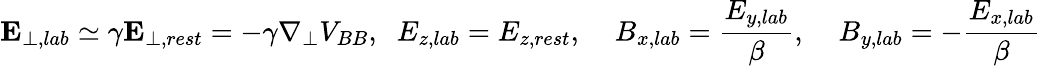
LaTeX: {\mathbf E}_{\perp,lab}\simeq\gamma{\mathbf E}_{\perp,rest}=-\gamma{\mathbf\nabla}_{\perp}V_{BB},\; \; E_{z,lab}=E_{z,rest},\; \; \; \; B_{x,lab}=\frac{E_{y,lab}}{\beta},\; \; \; \; B_{y,lab}=-\frac{E_{x,lab}}{\beta}